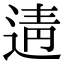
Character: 𨓽